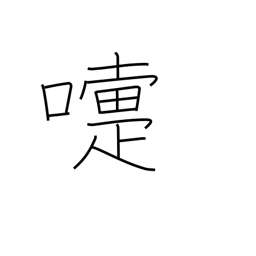
Meaning: sneeze